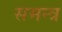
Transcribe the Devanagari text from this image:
समन्त्र